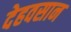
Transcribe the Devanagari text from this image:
देहवसान